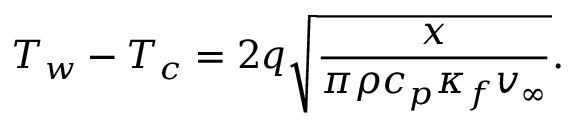
T _ { w } - T _ { c } = 2 q \sqrt { \frac { x } { \pi \rho c _ { p } \kappa _ { f } v _ { \infty } } } .